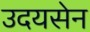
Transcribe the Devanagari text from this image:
उदयसेन